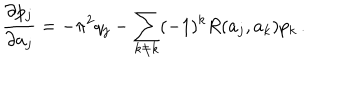
{ \frac { \partial p _ { j } } { \partial a _ { j } } } = - \pi ^ { 2 } q _ { j } - \sum _ { k \neq k } ( - 1 ) ^ { k } R ( a _ { j } , a _ { k } ) p _ { k } \, .